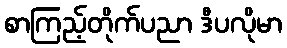
စာကြည့်တိုက်ပညာ ဒီပလိုမာ